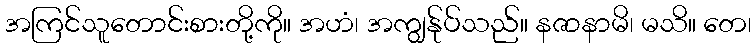
အကြင်သူတောင်းစားတို့ကို။ အဟံ၊ အကျွန်ုပ်သည်။ နဇာနာမိ၊ မသိ။ တေ၊